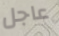
عاجل